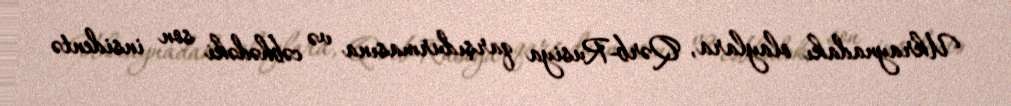
Ukraynadakı olaylara, Qərb-Rusiya qarşıdurmasına və cəbhədəki son insidentə